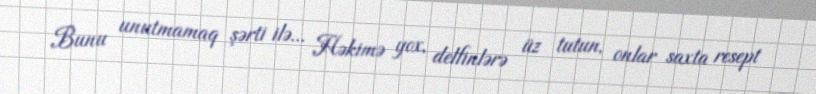
Bunu unutmamaq şərti ilə... Həkimə yox, delfinlərə üz tutun, onlar saxta resept